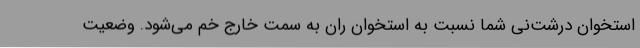
استخوان درشت‌نی شما نسبت به استخوان ران به سمت خارج خم می‌شود. وضعیت